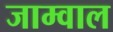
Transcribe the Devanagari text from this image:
जाम्वाल